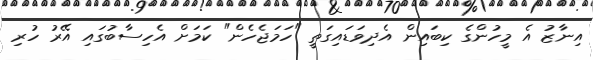
އިނާޒު އެ މީހުންގެ ކިބައިން އެދިވަޑައިގަތީ "ހަމަޖެހެން" ކަމަށް އެހިސާބުގައި އޭރު ހުރި